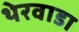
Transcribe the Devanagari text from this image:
थेरवाडा